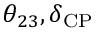
\theta _ { 2 3 } , \delta _ { \mathrm { C P } }